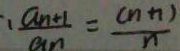
\cdot \frac { a _ { n + 1 } } { a _ { n } } = \frac { ( n + 1 ) } { n }